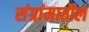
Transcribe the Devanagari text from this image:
संग्रांमातील